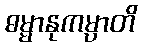
ဓမ္မာနုကမ္ပာတိ